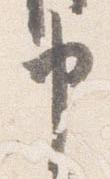
申